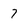
Character: 7